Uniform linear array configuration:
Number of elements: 12
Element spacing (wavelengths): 0.5
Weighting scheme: hamming
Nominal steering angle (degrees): -15
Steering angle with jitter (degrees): -14.872
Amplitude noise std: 0.05
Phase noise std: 0.05

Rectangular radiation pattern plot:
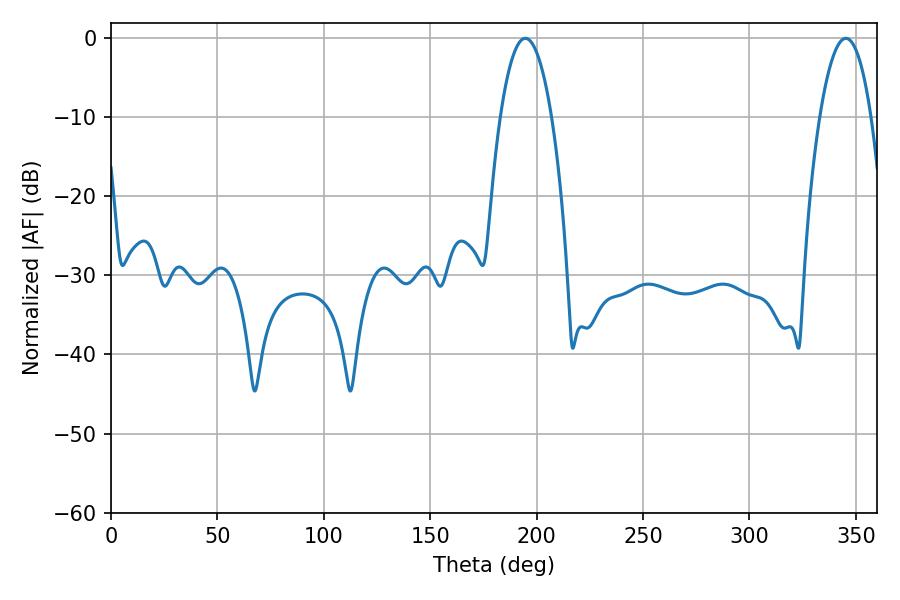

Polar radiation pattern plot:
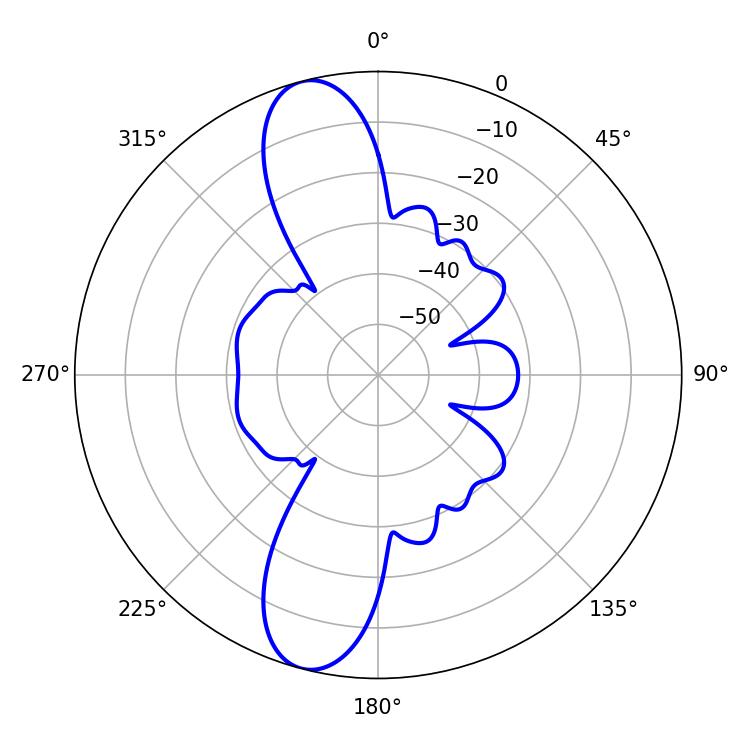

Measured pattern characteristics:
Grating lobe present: FALSE
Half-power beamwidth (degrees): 13.32
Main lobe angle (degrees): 194.76